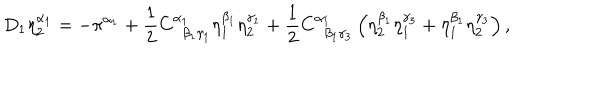
D _ { 1 } \eta _ { 2 } ^ { \alpha _ { 1 } } = - \pi ^ { \alpha _ { 1 } } + \frac 1 2 C _ { \; \; \beta _ { 1 } \gamma _ { 1 } } ^ { \alpha _ { 1 } } \eta _ { 1 } ^ { \beta _ { 1 } } \eta _ { 2 } ^ { \gamma _ { 1 } } + \frac 1 2 C _ { \; \; \beta _ { 1 } \gamma _ { 3 } } ^ { \alpha _ { 1 } } \left( \eta _ { 2 } ^ { \beta _ { 1 } } \eta _ { 1 } ^ { \gamma _ { 3 } } + \eta _ { 1 } ^ { \beta _ { 1 } } \eta _ { 2 } ^ { \gamma _ { 3 } } \right) ,